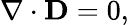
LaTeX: \nabla\cdot\mathbf{D}=0,